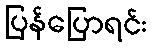
ပြန်ပြောရင်း